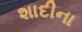
શાદીના